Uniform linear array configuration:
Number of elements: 48
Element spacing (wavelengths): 1
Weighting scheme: hamming
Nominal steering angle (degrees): -15
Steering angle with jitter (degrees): -14.306
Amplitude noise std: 0.05
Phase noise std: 0.05

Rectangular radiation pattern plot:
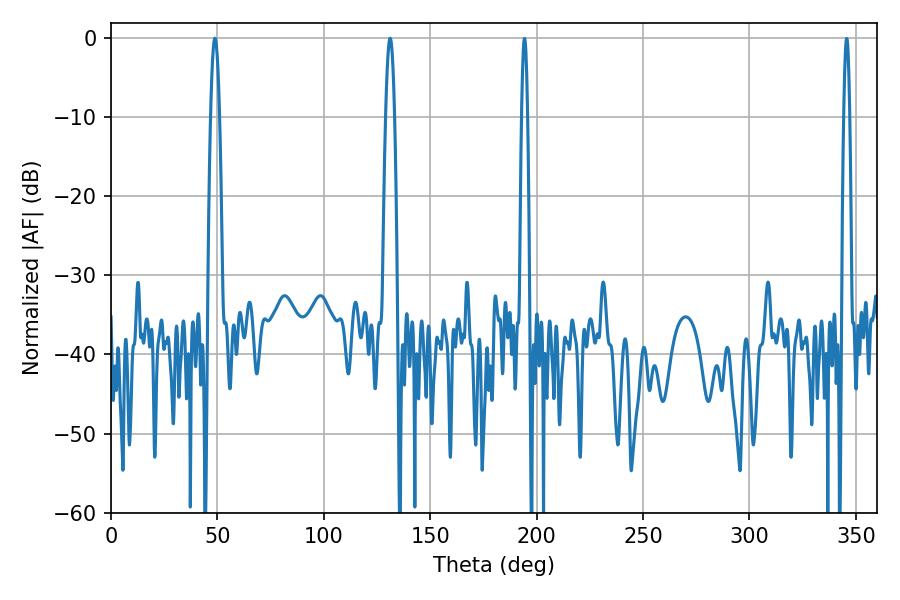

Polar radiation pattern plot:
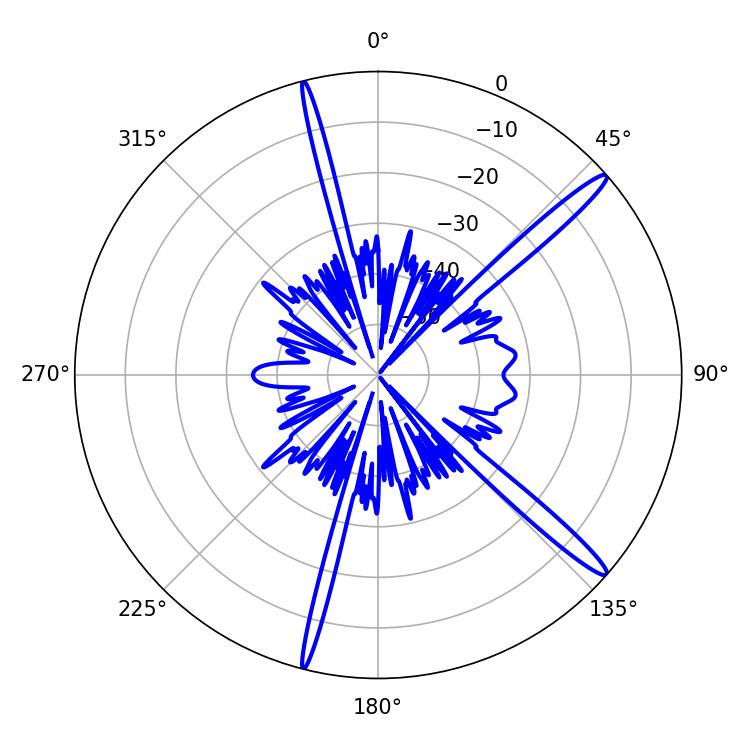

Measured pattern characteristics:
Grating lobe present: TRUE
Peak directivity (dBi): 15.85
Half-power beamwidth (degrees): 2.34
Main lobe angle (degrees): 48.78